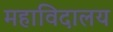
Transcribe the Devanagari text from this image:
महाविदालय